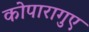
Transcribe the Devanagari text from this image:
कोपारागुए